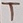
Text: T